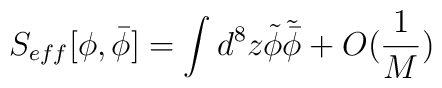
S_{eff}[\phi,\bar{\phi}]=\int d^8 z \tilde{\phi}\tilde{\bar{\phi}}+O(\frac{1}{M})